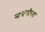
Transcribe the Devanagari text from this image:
नाचणीच्या